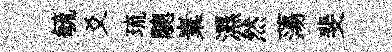
毓爻琉驄嶪濕然蕩斐